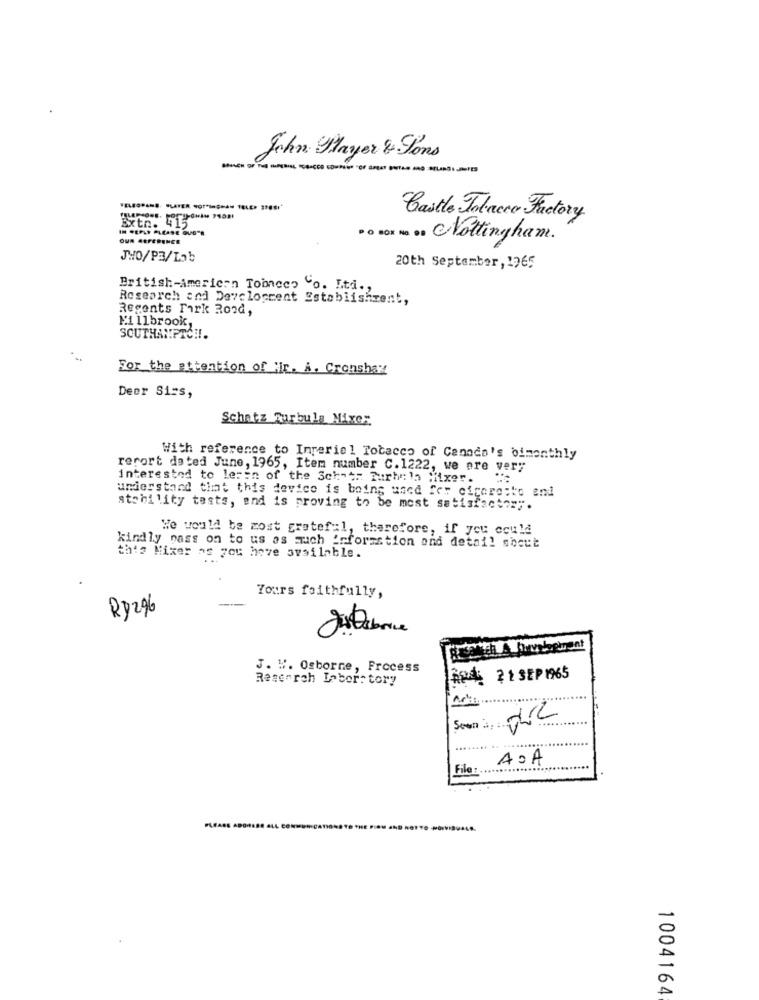
John Mayer & Sons
------------
Extn. 415
Castle Tobacco Factory
IN REPLY PLEASE DUG"A
OUN GEFERENCE
PO BOX No DD CNottingham.
JWO/P3/Lab
20th September, 1965
British-American Tobacco "o. Eti .,
Research and Development Establishment,
Regents Park Road,
Millbrook,
SOUTHAMPTON.
For the attention of Hr. A. Cronshaw
Deer Sims,
Schatz Surbula Mixer
With reference to Ingeriel Tobacco of Canada's bimonthly
report dated June, 1965, Item number C.1222, we are very
interested to lerin of the Sch-er Furhe's Mixer.
understand that this device is being used for cigare:lo and
stability tests, and is proving to be most satisfactor".
We would be most grateful, therefore, if you could
kindly nass on to us as much information and detail sheut
this Mixer as you have available.
Yours faithfully,
R$2%6
J. W. Osborne, Process
Research Laboratory
AREE 21 SEP 1965
Soon 3 ;
AOA
File :.
PLEASE A
1004164